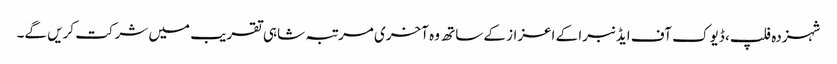
شہزدہ فلپ، ڈیوک آف ایڈنبرا کے اعزاز کے ساتھ وہ آخری مرتبہ شاہی تقریب میں شرکت کریں گے۔